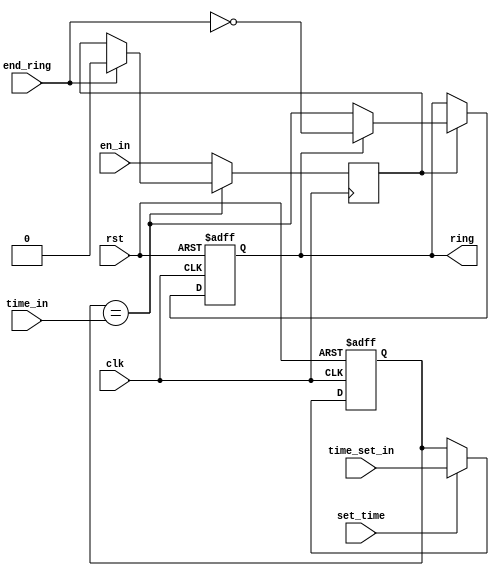
/* ------------------------------------------------ *
 * Title       : Alarm Module                       *
 * Project     : Digital Clock                      *
 * ------------------------------------------------ *
 * Last Edit   : 28/04/2020                         *
 * Licence     : CERN-OHL-W                         *
 * ------------------------------------------------ *
 * Description : A clock alarm module               *
 * ------------------------------------------------ */

module alarmHex(clk, rst, en_in, time_in, time_set_in, set_time, ring, end_ring);
  input clk, rst, set_time, end_ring, en_in;
  output reg ring;

  //Alarm is not sensitive to seconds
  input [10:0] time_set_in, time_in;
  reg [10:0] time_alarm;
    
  reg en;

  //set alarm time
  always@(posedge clk or posedge rst)
    begin
      if(rst)
        begin
          time_alarm <= 11'd0;
        end
      else
        begin
          time_alarm <= (set_time) ? time_set_in : time_alarm;
        end
    end
    
  //handle to ringing of the alarm
  always@(posedge clk or posedge rst)
    begin
      if(rst)
        begin
          ring <= 1'b0;
        end
      else
        begin
          if(en)
            begin
              //while ringing: stop if  end ring pressed
              //otherwise start ringing when time is equal to snooze
              ring <= (ring) ? (~end_ring) : (time_alarm == time_in);
            end
        end
    end

  //keep ringing shut after end_ring if high, but not disable for next day
  always@(posedge clk)
    begin
      if(time_alarm == time_in)
        begin
          en <= (end_ring) ? 1'b0 : en;
        end
      else
        begin
          en <= en_in;
        end
    end
endmodule//alarm

module alarmDec(clk, rst, en_in, time_in, time_set_in, set_time, ring, end_ring);
  input clk, rst, set_time, end_ring, en_in;
  output reg ring;

  //Alarm is not sensitive to seconds
  input [12:0] time_set_in, time_in;
  reg [12:0] time_alarm;
    
  reg en;

  //set alarm time
  always@(posedge clk or posedge rst)
    begin
      if(rst)
        begin
          time_alarm <= 13'd0;
        end
      else
        begin
          time_alarm <= (set_time) ? time_set_in : time_alarm;
        end
    end
    
  //handle to ringing of the alarm
  always@(posedge clk or posedge rst)
    begin
      if(rst)
        begin
          ring <= 1'b0;
        end
      else
        begin
          if(en)
            begin
              //while ringing: stop if  end ring pressed
              //otherwise start ringing when time is equal to snooze
              ring <= (ring) ? (~end_ring) : (time_alarm == time_in);
            end
        end
    end

  //keep ringing shut after end_ring if high, but not disable for next day
  always@(posedge clk)
    begin
      if(time_alarm == time_in)
        begin
          en <= (end_ring) ? 1'b0 : en;
        end
      else
        begin
          en <= en_in;
        end
    end
endmodule//alarm